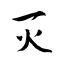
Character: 灭